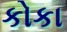
કોકા